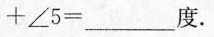
+ ∠ 5 = ___ 度$$.